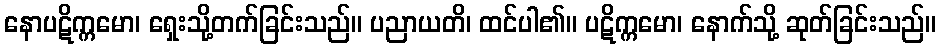
နောပဋိက္ကမော၊ ရှေးသို့တက်ခြင်းသည်။ ပညာယတိ၊ ထင်ပါ၏။ ပဋိက္ကမော၊ နောက်သို့ ဆုတ်ခြင်းသည်။